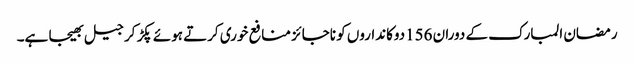
رمضان المبارک کے دوران 156دوکانداروں کو ناجائز منافع خوری کرتے ہوئے پکڑ کر جیل بھیجا ہے۔